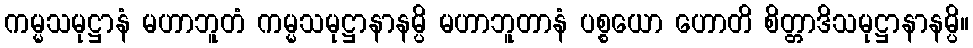
ကမ္မသမုဋ္ဌာနံ မဟာဘူတံ ကမ္မသမုဋ္ဌာနာနမ္ပိ မဟာဘူတာနံ ပစ္စယော ဟောတိ စိတ္တာဒိသမုဋ္ဌာနာနမ္ပိ။